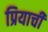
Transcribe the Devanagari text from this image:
प्रियाची